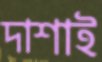
দাশাই